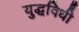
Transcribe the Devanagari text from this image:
युद्धविधी